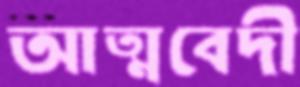
আত্মবেদী